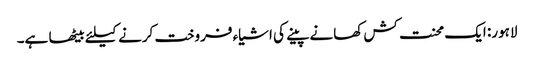
لاہور: ایک محنت کش کھانے پینے کی اشیاء فروخت کرنے کیلئے بیٹھا ہے۔